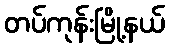
တပ်ကုန်းမြို့နယ်